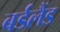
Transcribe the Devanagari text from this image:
बर्डलैंड